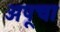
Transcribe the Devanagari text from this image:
अपूचा